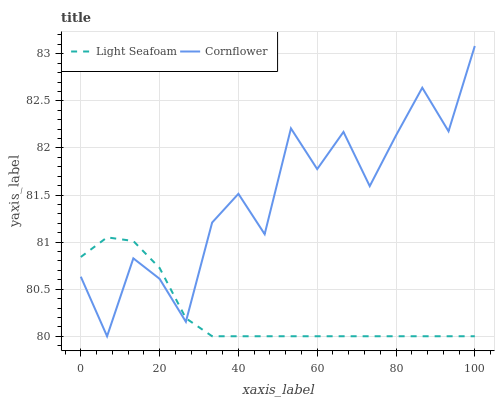
| xaxis_label | Light Seafoam | Cornflower |
 | --- | --- | --- |
 | 0 | 80.8 | 80.6 |
 | 6.67 | 81.1 | 80 |
 | 13.3 | 81 | 80.8 |
 | 20 | 80.7 | 80.6 |
 | 26.7 | 80.2 | 80.2 |
 | 33.3 | 80 | 81.2 |
 | 40 | 80 | 81.5 |
 | 46.7 | 80 | 81.1 |
 | 53.3 | 80 | 82.2 |
 | 60 | 80 | 81.8 |
 | 66.7 | 80 | 82.2 |
 | 73.3 | 80 | 81.6 |
 | 80 | 80 | 82.1 |
 | 86.7 | 80 | 82.6 |
 | 93.3 | 80 | 82.2 |
 | 100 | 80 | 83.1 |